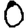
Digit: 0